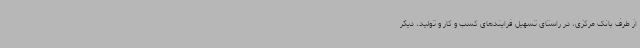
از طرف بانک مرکزی، در راستای تسهیل فرایندهای کسب و کار و تولید، دیگر